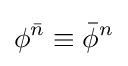
\phi ^{\bar {n}}\equiv {\bar {\phi }}^{n}